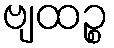
ဗျထဉ္စ